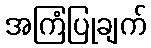
အကြံပြုချက်